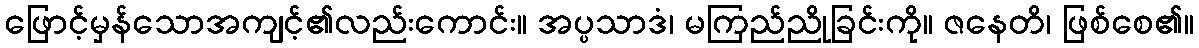
ဖြောင့်မှန်သောအကျင့်၏လည်းကောင်း။ အပ္ပသာဒံ၊ မကြည်ညိုခြင်းကို။ ဇနေတိ၊ ဖြစ်စေ၏။